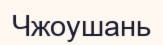
Чжоушань